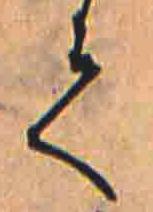
て